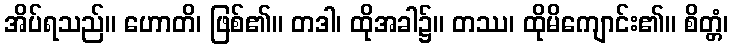
အိပ်ရသည်။ ဟောတိ၊ ဖြစ်၏။ တဒါ၊ ထိုအခါ၌။ တဿ၊ ထိုမိကျောင်း၏။ စိတ္တံ၊